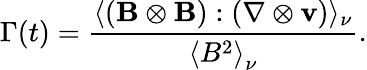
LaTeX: \Gamma(t)=\frac{\langle(\mathbf{B}\otimes\mathbf{B}):(\nabla\otimes\mathbf{v})\rangle_{\nu}}{\left\langle B^{2}\right\rangle_{\nu}}.